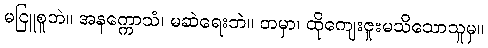
မငြူစူဘဲ။ အနက္ကောသံ၊ မဆဲရေးဘဲ။ တမှာ၊ ထိုကျေးဇူးမသိသောသူမှ။